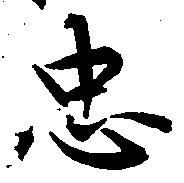
忠